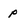
Character: p